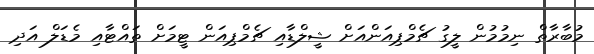
މުބާރާތް ނިމުމުން ލީގު ޗެމްޕިއަންއަށް ޝީލްޑާއި ޗެމްޕިއަން ޓީމަށް ތައްޓާއި މެޑަލް އަދި